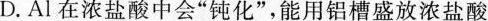
D.Al在浓盐酸中会”钝化”，能用铝槽盛放浓盐酸